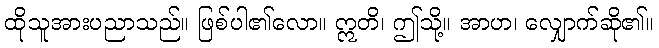
ထိုသူအားပညာသည်။ ဖြစ်ပါ၏လော။ ဣတိ၊ ဤသို့။ အာဟ၊ လျှောက်ဆို၏။